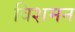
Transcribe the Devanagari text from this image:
विशमन